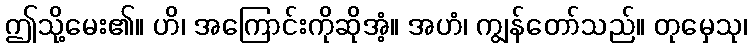
ဤသို့မေး၏။ ဟိ၊ အကြောင်းကိုဆိုအံ့။ အဟံ၊ ကျွန်တော်သည်။ တုမှေသု၊